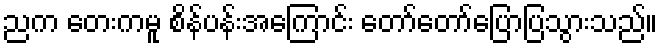
ညက တေးကမူ စိန်ပန်းအကြောင်း တော်တော်ပြောပြသွားသည်။